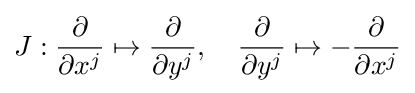
J:{\frac {\partial }{\partial x^{j}}}\mapsto {\frac {\partial }{\partial y^{j}}},\quad {\frac {\partial }{\partial y^{j}}}\mapsto -{\frac {\partial }{\partial x^{j}}}